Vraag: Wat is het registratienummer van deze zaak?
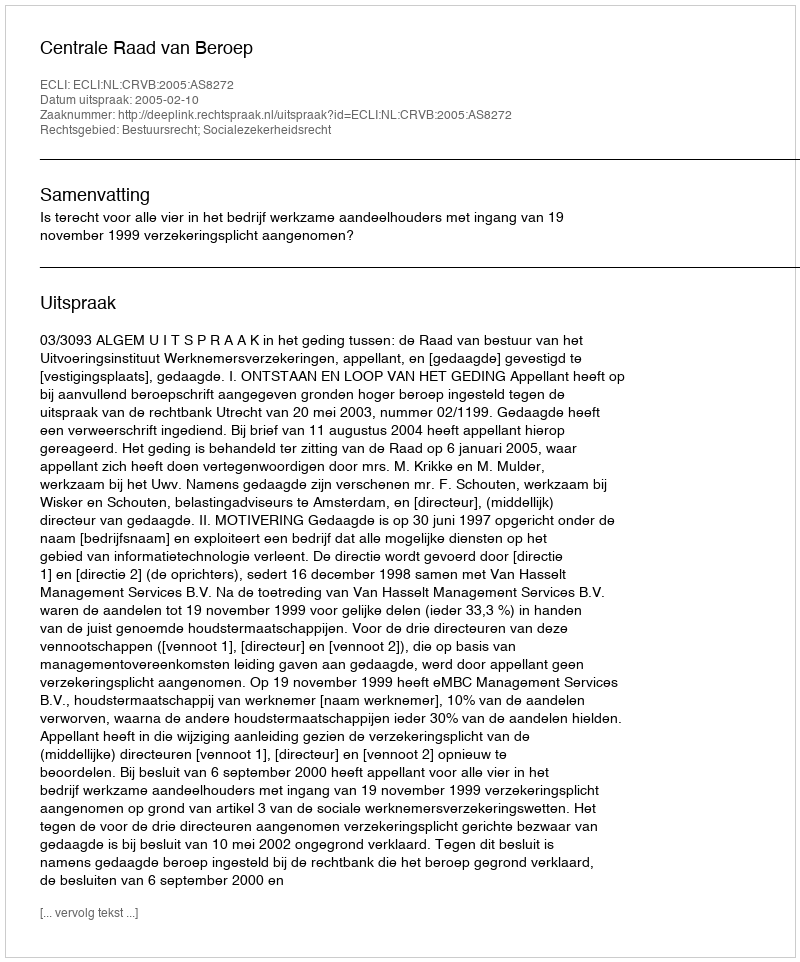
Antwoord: http://deeplink.rechtspraak.nl/uitspraak?id=ECLI:NL:CRVB:2005:AS8272